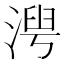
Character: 𬈍